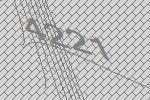
4221